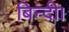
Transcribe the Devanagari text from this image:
बिन्दी।